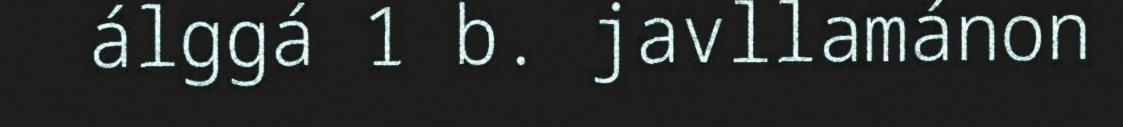
álggá 1 b. javllamánon